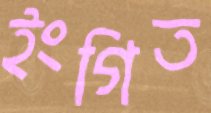
ইংগিত